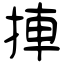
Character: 捙